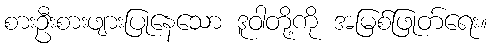
စားဦးစားဖျားပြုနေသော ဒူဝါတို့ကို အမြစ်ဖြုတ်ရေး။